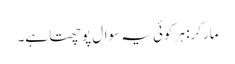
مارکر: ہر کوئی یہ سوال پوچھتا ہے۔